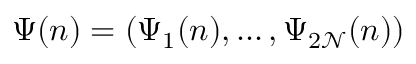
\Psi ( n ) = ( \Psi _ { 1 } ( n ) , \dots , \Psi _ { 2 \mathcal { N } } ( n ) )